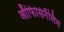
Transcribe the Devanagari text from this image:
ऑफिसिनॅलिस